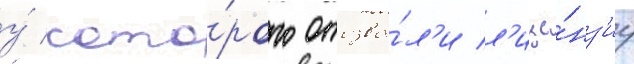
у́ кото́рого отозва́л'и л'ице́нз'иу